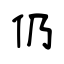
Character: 仍